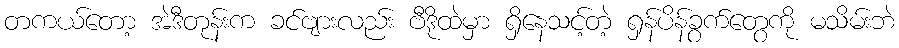
တကယ်တော့ အဲဒီတုန်းက ခင်ဗျားလည်း ဗီဒိုထဲမှာ ရှိနေသင့်တဲ့ ရှန်ပိန်ခွက်တွေကို မသိမ်းဘဲ